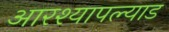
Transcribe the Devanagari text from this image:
आरश्यापल्याड